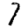
Digit: 7